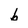
Character: b